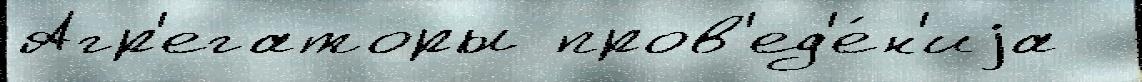
Агр'егаторы пров'ед'е́н'иjа